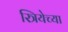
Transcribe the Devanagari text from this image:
स्त्रियेच्या